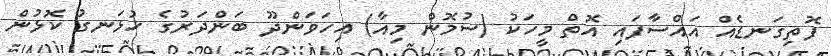
ފޮތިގަނޑެއް އައްސާފައި އޮތް މީހަކު (ސުމޮން މިއާ) އިހަވަންދޫ ބަންދަރުގެ ހުޅަނގު ކޮޅުން